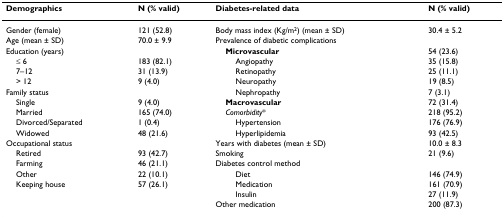
<table><thead><tr><td><b>Demographics</b></td><td><b>N (% valid)</b></td><td><b>Diabetes-related data</b></td><td><b>N (% valid)</b></td></tr></thead><tbody><tr><td>Gender (female)</td><td>121 (52.8)</td><td>Body mass index (Kg/m<sup>2</sup>) (mean ± SD)</td><td>30.4 ± 5.2</td></tr><tr><td>Age (mean ± SD)</td><td>70.0 ± 9.9</td><td>Prevalence of diabetic complications</td><td>[EMPTY_CELL]</td></tr><tr><td>Education (years)</td><td>[EMPTY_CELL]</td><td> <b>Microvascular</b></td><td>54 (23.6)</td></tr><tr><td> ≤ 6</td><td>183 (82.1)</td><td>Angiopathy</td><td>35 (15.8)</td></tr><tr><td> 7–12</td><td>31 (13.9)</td><td>Retinopathy</td><td>25 (11.1)</td></tr><tr><td> &gt; 12</td><td>9 (4.0)</td><td>Neuropathy</td><td>19 (8.5)</td></tr><tr><td>Family status</td><td>[EMPTY_CELL]</td><td>Nephropathy</td><td>7 (3.1)</td></tr><tr><td> Single</td><td>9 (4.0)</td><td> <b>Macrovascular</b></td><td>72 (31.4)</td></tr><tr><td> Married</td><td>165 (74.0)</td><td> <i>Comorbidity</i>*</td><td>218 (95.2)</td></tr><tr><td> Divorced/Separated</td><td>1 (0.4)</td><td>Hypertension</td><td>176 (76.9)</td></tr><tr><td> Widowed</td><td>48 (21.6)</td><td>Hyperlipidemia</td><td>93 (42.5)</td></tr><tr><td>Occupational status</td><td>[EMPTY_CELL]</td><td>Years with diabetes (mean ± SD)</td><td>10.0 ± 8.3</td></tr><tr><td> Retired</td><td>93 (42.7)</td><td>Smoking</td><td>21 (9.6)</td></tr><tr><td> Farming</td><td>46 (21.1)</td><td>Diabetes control method</td><td>[EMPTY_CELL]</td></tr><tr><td> Other</td><td>22 (10.1)</td><td>Diet</td><td>146 (74.9)</td></tr><tr><td> Keeping house</td><td>57 (26.1)</td><td>Medication</td><td>161 (70.9)</td></tr><tr><td>[EMPTY_CELL]</td><td>[EMPTY_CELL]</td><td>Insulin</td><td>27 (11.9)</td></tr><tr><td>[EMPTY_CELL]</td><td>[EMPTY_CELL]</td><td>Other medication</td><td>200 (87.3)</td></tr></tbody></table>